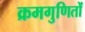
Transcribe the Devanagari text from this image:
क्रमगुणितों